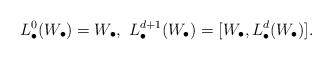
LaTeX: \begin{align*}L^0_{\bullet}(W_{\bullet})=W_{\bullet}, \ L^{d+1}_{\bullet}(W_{\bullet})=[W_{\bullet}, L^d_{\bullet}(W_{\bullet})].\end{align*}